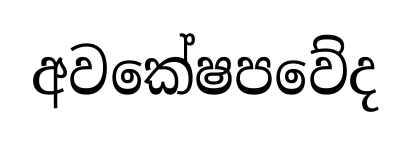
අවකේෂපවේද